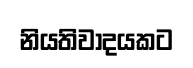
නියතිවාදයකට